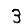
Digit: 3